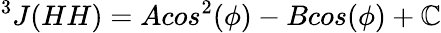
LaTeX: ^3J(HH)=Acos^{2}(\phi)-Bcos(\phi)+\mathbb{C}